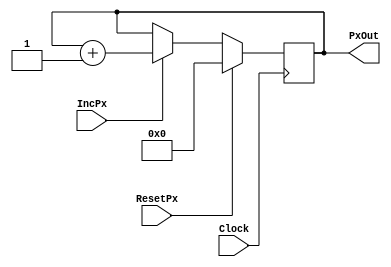
module pixelcounter(IncPx, ResetPx, Clock, PxOut);
input IncPx,ResetPx, Clock;
wire IncPx,ResetPx, Clock;
output [3:0] PxOut;
reg [3:0] PxOut;

initial
begin
PxOut <= 0;
end

always @( posedge Clock)
begin
if (IncPx==1)
	PxOut <= PxOut + 1;
if (ResetPx==1)
	PxOut<= 0;
end
endmodule